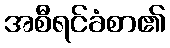
အစီရင်ခံစာ၏